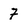
Character: 7